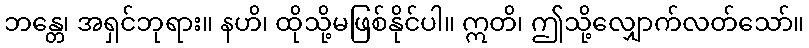
ဘန္တေ၊ အရှင်ဘုရား။ နဟိ၊ ထိုသို့မဖြစ်နိုင်ပါ။ ဣတိ၊ ဤသို့လျှောက်လတ်သော်။